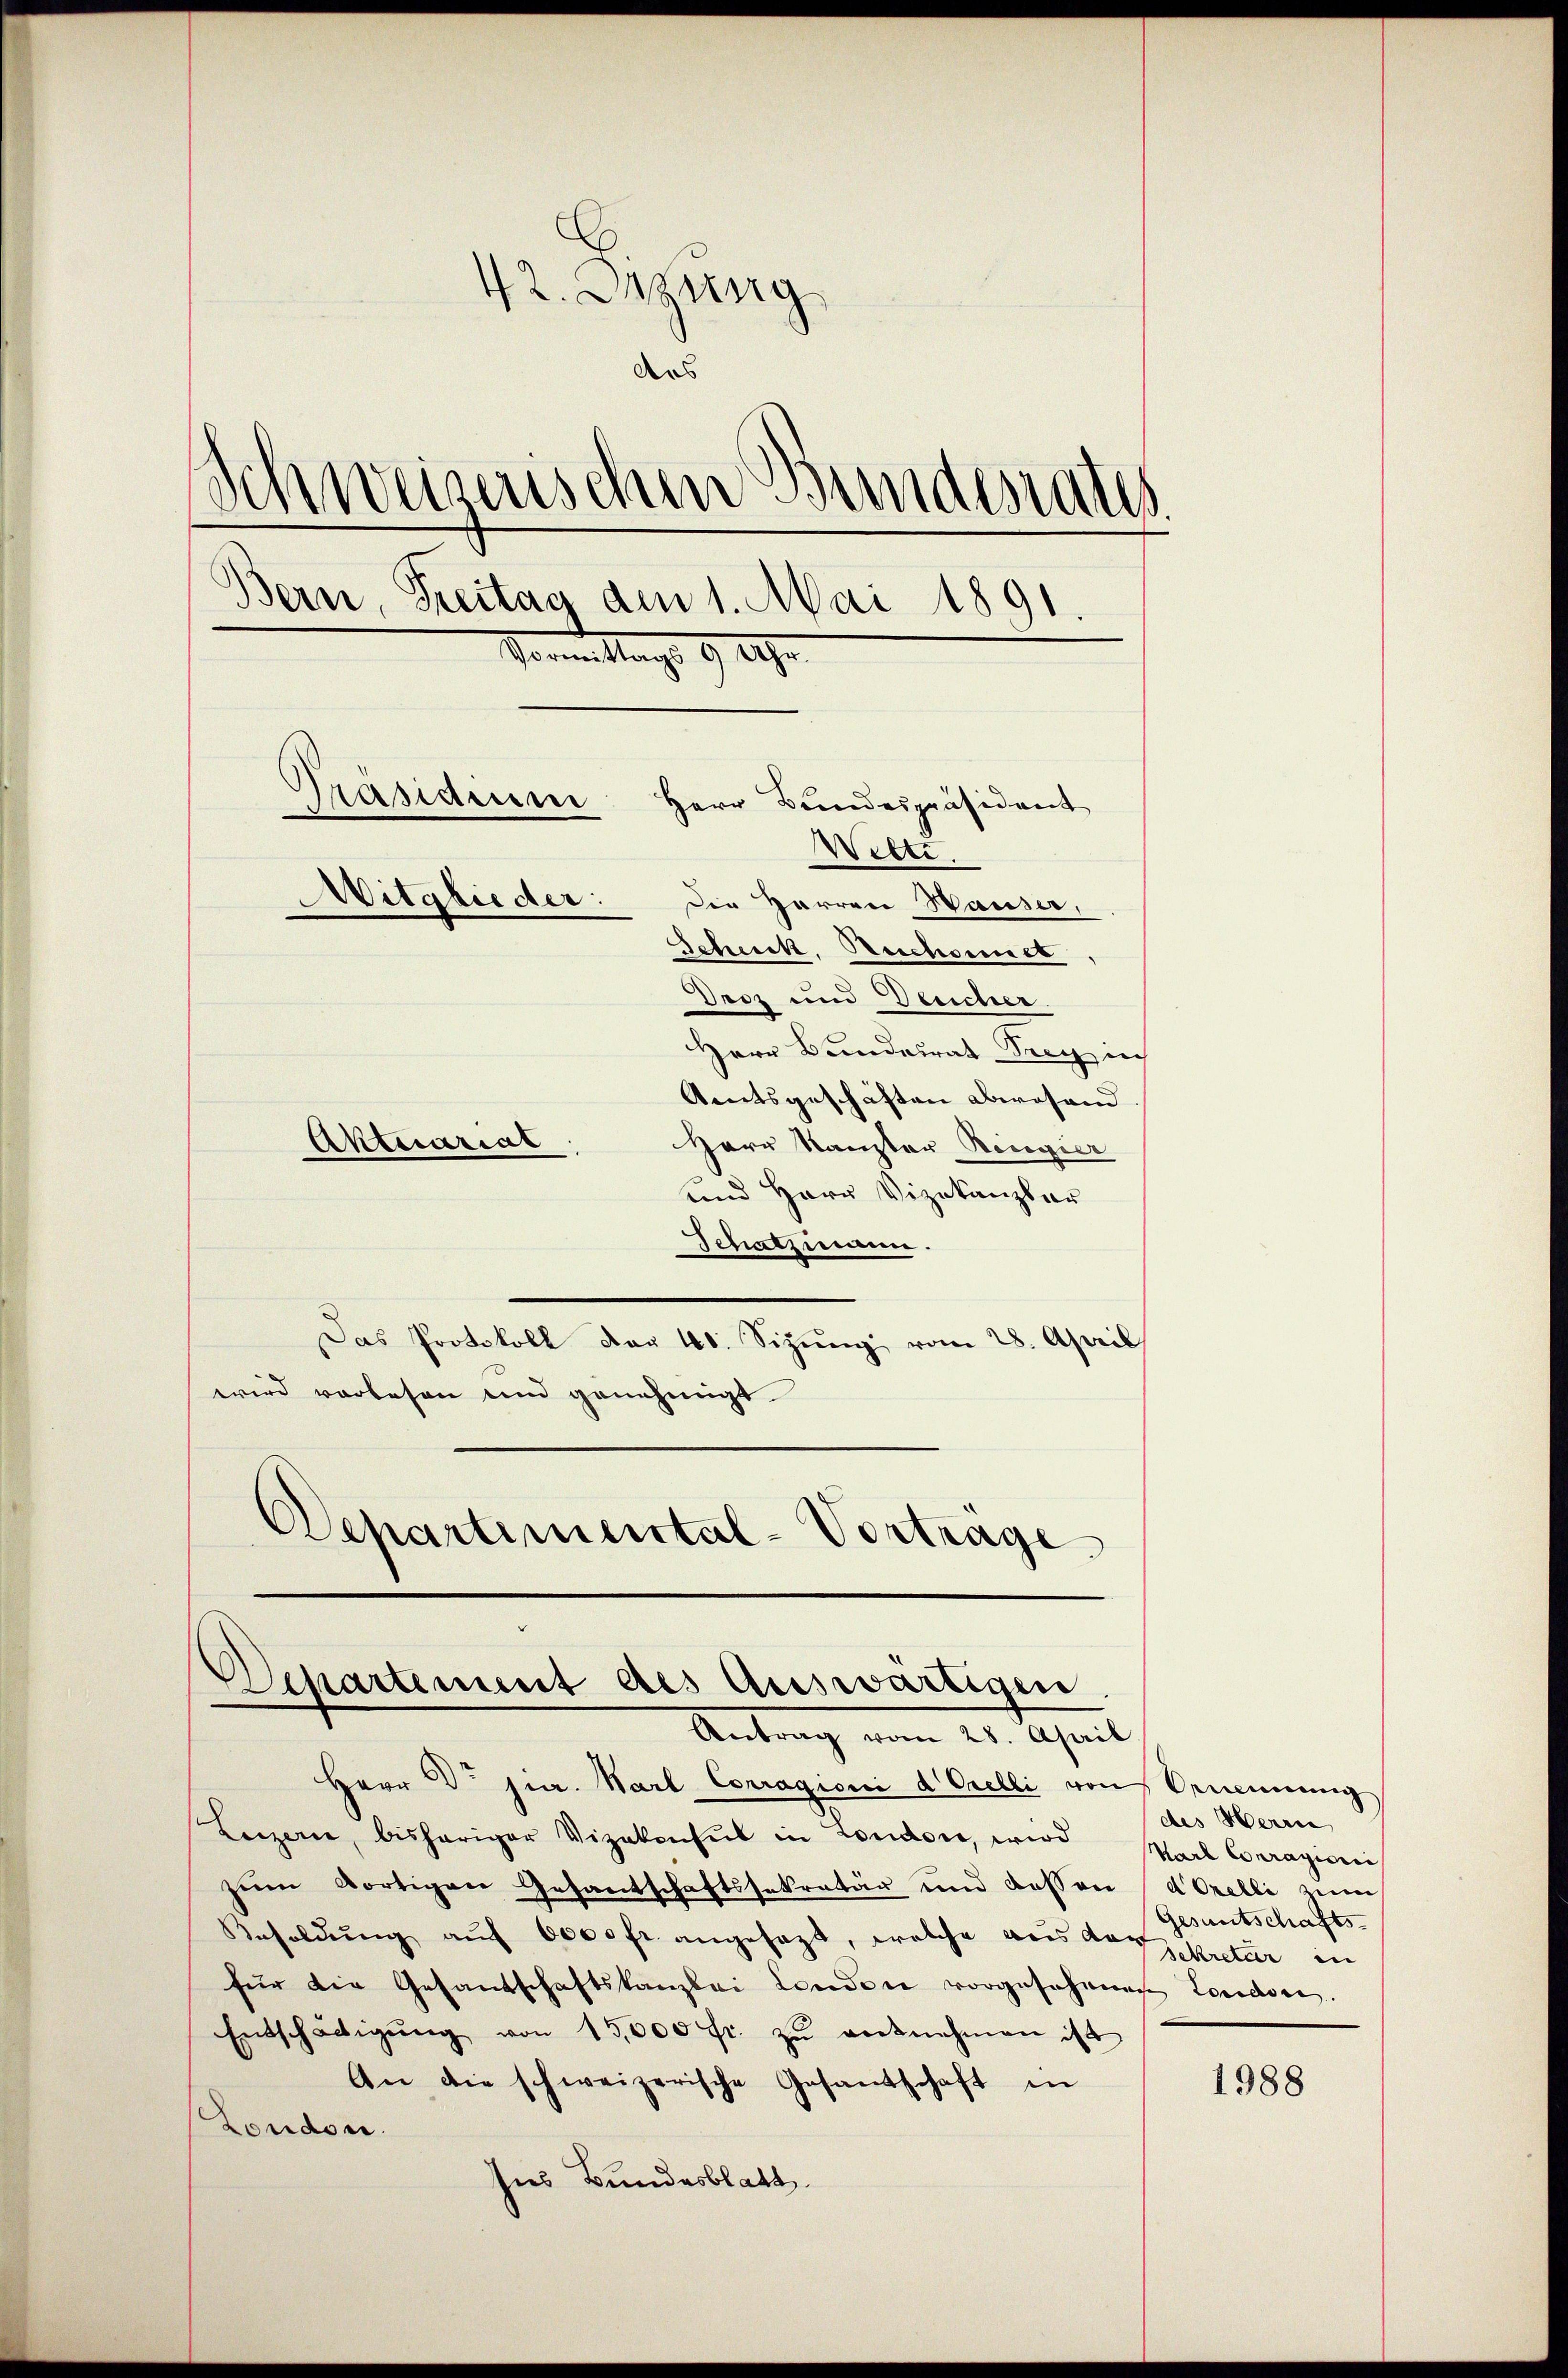
42. Dezung
das
Schweizerischen Bundesraths
Bern, Freitag am 1. Mai 1891
Vormittags 9 Uhr.
räsidium
Herr Bundespräsident
Witte
Mitglieder:
Der Herren Hauser,
Schenk, Reichsmiet
Droz und Deucher.
Herr Bundesrat Drey ih
Aentsgeschäften abwesend
Aktuariat
Herr Kanzler Ringier

und Herr Vizekanzler
Schatzmann.
Das Protokoll der 40. Sizŭng vom 28. April
wird vorlesen und genehmigt
Departimental-Vortrage

Herr Dr jur. Karl Corragioni d. Orelli von Ornennung
Leizene, bisheriger Vizekonsul in London, wird hael Couragioni
zŭm dortigen Gesandschaftssekretär und dessen Orelli zum
Besoldŭng auf 6000 fr. angesagt, welche aus de pretier in
für die Gesandschaftskanzlei Landen vorgesehnen London.
Entschädigŭng von 15,000 fr. zŭ entnehmen ist
An die schweizerische Gesandschaft in
London.
Ins Bundesblatt

Separtement des Auswärtigen
Antrag vom 21. April

des Herrn
Gesuntschafts-

1988